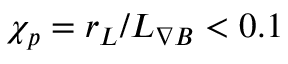
\chi _ { p } = r _ { L } / L _ { \nabla B } < 0 . 1